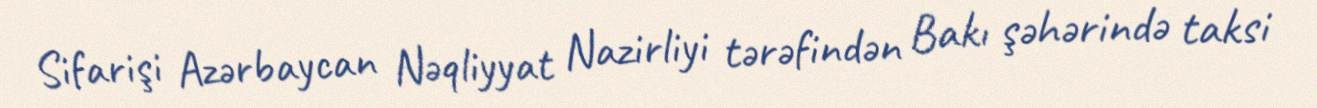
Sifarişi Azərbaycan Nəqliyyat Nazirliyi tərəfindən Bakı şəhərində taksi